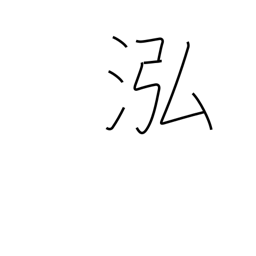
Meaning: deep clear water